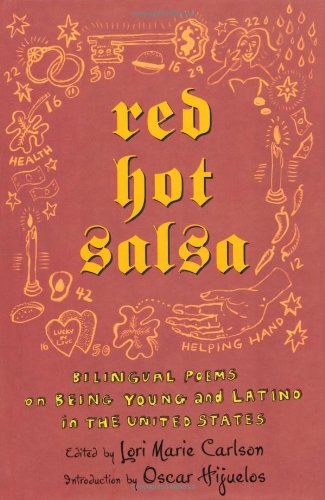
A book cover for Red Hot Salsa: Bilingual Poems on Being Young and Latino in the United States (Spanish Edition); Lori Marie Carlson; Teen & Young Adult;